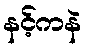
နင့်ကနဲ